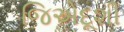
જિએદૂશી